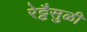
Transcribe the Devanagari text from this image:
रेट्टैसुळी